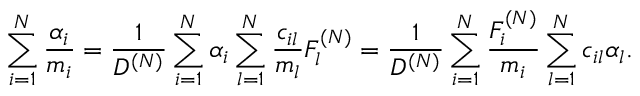
\sum _ { i = 1 } ^ { N } \frac { \alpha _ { i } } { m _ { i } } = \frac { 1 } { D ^ { ( N ) } } \sum _ { i = 1 } ^ { N } \alpha _ { i } \sum _ { l = 1 } ^ { N } \frac { c _ { i l } } { m _ { l } } F _ { l } ^ { ( N ) } = \frac { 1 } { D ^ { ( N ) } } \sum _ { i = 1 } ^ { N } \frac { F _ { i } ^ { ( N ) } } { m _ { i } } \sum _ { l = 1 } ^ { N } c _ { i l } \alpha _ { l } .